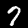
Digit: 7